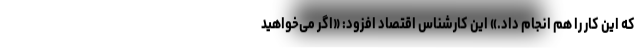
که این کار را هم انجام داد.» این کارشناس اقتصاد افزود: «اگر می‌خواهید